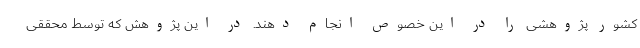
کشور پژوهشی را در این خصوص انجام دهند. در این پژوهش که توسط محققی